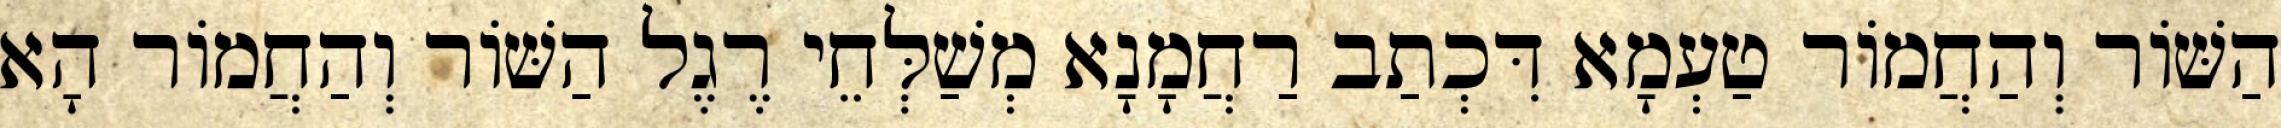
הַשּׁוֹר וְהַחֲמוֹר טַעְמָא דִּכְתַב רַחֲמָנָא מְשַׁלְּחֵי רֶגֶל הַשּׁוֹר וְהַחֲמוֹר הָא